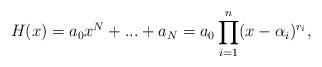
LaTeX: \begin{align*}H(x)=a_{0}x^{N}+...+a_{N}=a_{0}\prod_{i=1}^n (x-\alpha_{i})^{r_{i}},\end{align*}